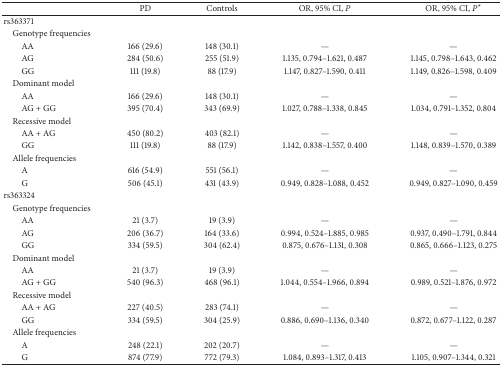
<table><thead><tr><td><b> </b></td><td><b>PD</b></td><td><b>Controls</b></td><td><b>OR, 95% CI, <i>P</i></b></td><td><b>OR, 95% CI, <i>P</i><sup><i>∗</i></sup></b></td></tr></thead><tbody><tr><td>rs363371</td><td> </td><td> </td><td> </td><td> </td></tr><tr><td> Genotype frequencies</td><td> </td><td> </td><td> </td><td> </td></tr><tr><td>AA</td><td>166 (29.6)</td><td>148 (30.1)</td><td>—</td><td>—</td></tr><tr><td>AG</td><td>284 (50.6)</td><td>255 (51.9)</td><td>1.135, 0.794–1.621, 0.487</td><td>1.145, 0.798–1.643, 0.462</td></tr><tr><td>GG</td><td>111 (19.8)</td><td>88 (17.9)</td><td>1.147, 0.827–1.590, 0.411</td><td>1.149, 0.826–1.598, 0.409</td></tr><tr><td> Dominant model</td><td> </td><td> </td><td> </td><td> </td></tr><tr><td>AA</td><td>166 (29.6)</td><td>148 (30.1)</td><td>—</td><td>—</td></tr><tr><td>AG + GG</td><td>395 (70.4)</td><td>343 (69.9)</td><td>1.027, 0.788–1.338, 0.845</td><td>1.034, 0.791–1.352, 0.804</td></tr><tr><td> Recessive model</td><td> </td><td> </td><td> </td><td> </td></tr><tr><td>AA + AG</td><td>450 (80.2)</td><td>403 (82.1)</td><td>—</td><td>—</td></tr><tr><td>GG</td><td>111 (19.8)</td><td>88 (17.9)</td><td>1.142, 0.838–1.557, 0.400</td><td>1.148, 0.839–1.570, 0.389</td></tr><tr><td> Allele frequencies</td><td> </td><td> </td><td> </td><td> </td></tr><tr><td>A</td><td>616 (54.9)</td><td>551 (56.1)</td><td>—</td><td>—</td></tr><tr><td>G</td><td>506 (45.1)</td><td>431 (43.9)</td><td>0.949, 0.828–1.088, 0.452</td><td>0.949, 0.827–1.090, 0.459</td></tr><tr><td>rs363324</td><td> </td><td> </td><td> </td><td> </td></tr><tr><td> Genotype frequencies</td><td> </td><td> </td><td> </td><td> </td></tr><tr><td>AA</td><td>21 (3.7)</td><td>19 (3.9)</td><td>—</td><td>—</td></tr><tr><td>AG</td><td>206 (36.7)</td><td>164 (33.6)</td><td>0.994, 0.524–1.885, 0.985</td><td>0.937, 0.490–1.791, 0.844</td></tr><tr><td>GG</td><td>334 (59.5)</td><td>304 (62.4)</td><td>0.875, 0.676–1.131, 0.308</td><td>0.865, 0.666–1.123, 0.275</td></tr><tr><td> Dominant model</td><td> </td><td> </td><td> </td><td> </td></tr><tr><td>AA</td><td>21 (3.7)</td><td>19 (3.9)</td><td>—</td><td>—</td></tr><tr><td>AG + GG</td><td>540 (96.3)</td><td>468 (96.1)</td><td>1.044, 0.554–1.966, 0.894</td><td>0.989, 0.521–1.876, 0.972</td></tr><tr><td> Recessive model</td><td> </td><td> </td><td> </td><td> </td></tr><tr><td>AA + AG</td><td>227 (40.5)</td><td>283 (74.1)</td><td>—</td><td>—</td></tr><tr><td>GG</td><td>334 (59.5)</td><td>304 (25.9)</td><td>0.886, 0.690–1.136, 0.340</td><td>0.872, 0.677–1.122, 0.287</td></tr><tr><td> Allele frequencies</td><td> </td><td> </td><td> </td><td> </td></tr><tr><td>A</td><td>248 (22.1)</td><td>202 (20.7)</td><td>—</td><td>—</td></tr><tr><td>G</td><td>874 (77.9)</td><td>772 (79.3)</td><td>1.084, 0.893–1.317, 0.413</td><td>1.105, 0.907–1.344, 0.321</td></tr></tbody></table>